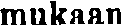
mukaan